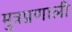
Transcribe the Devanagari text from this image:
मुत्रप्रणाली